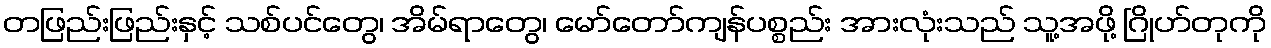
တဖြည်းဖြည်းနှင့် သစ်ပင်တွေ၊ အိမ်ရာတွေ၊ မော်တော်ကျန်ပစ္စည်း အားလုံးသည် သူ့အဖို့ ဂြိုဟ်တုကို